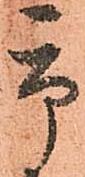
市